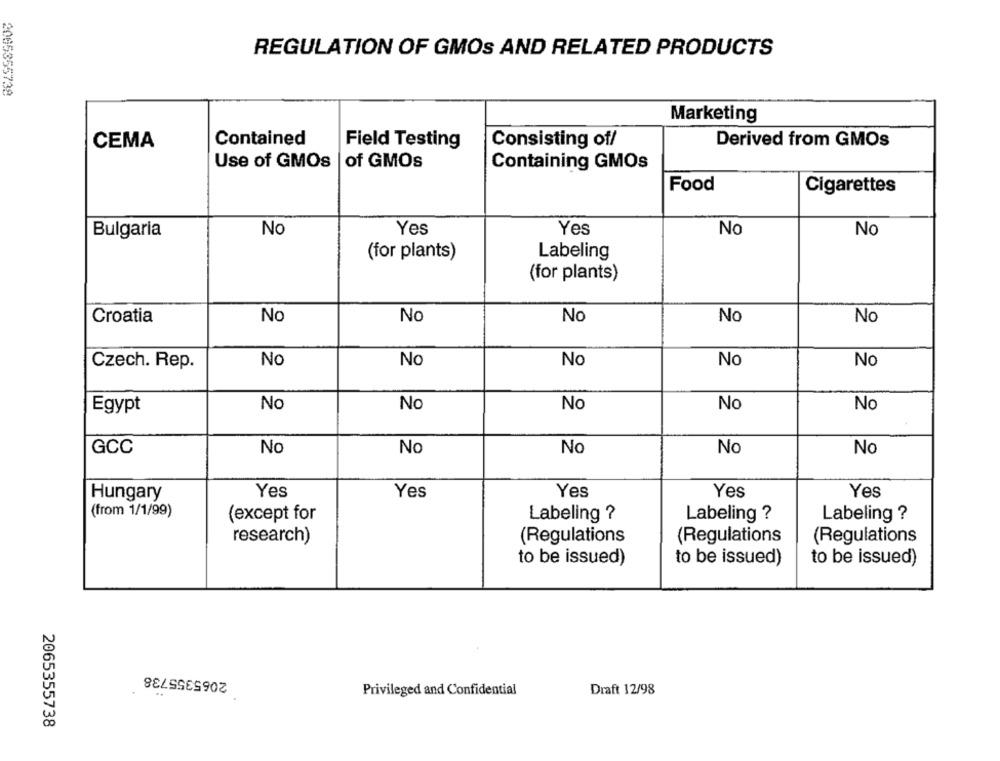
REGULATION OF GMOS AND RELATED PRODUCTS
2005355738
Marketing
CEMA
Contained
Field Testing
Consisting of/
Derived from GMOs
Use of GMOs | of GMOs
Containing GMOs
Food
Cigarettes
Bulgaria
No
Yes
Yes
No
No
(for plants)
Labeling
(for plants)
Croatia
No
No
No
No
No
Czech. Rep.
No
No
No
No
No
Egypt
No
No
No
No
No
GCC
No
No
No
No
No
Yes
Yes
Yes
Yes
Yes
Hungary
(from 1/1/99)
(except for
Labeling ?
Labeling ?
Labeling ?
research)
(Regulations
(Regulations
(Regulations
to be issued)
to be issued)
to be issued)
2065355738
Privileged and Confidential
Draft 12/98
2065355738